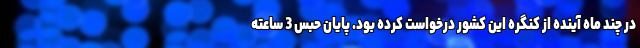
در چند ماه آینده از کنگره این کشور درخواست کرده بود. پایان حبس 3 ساعته